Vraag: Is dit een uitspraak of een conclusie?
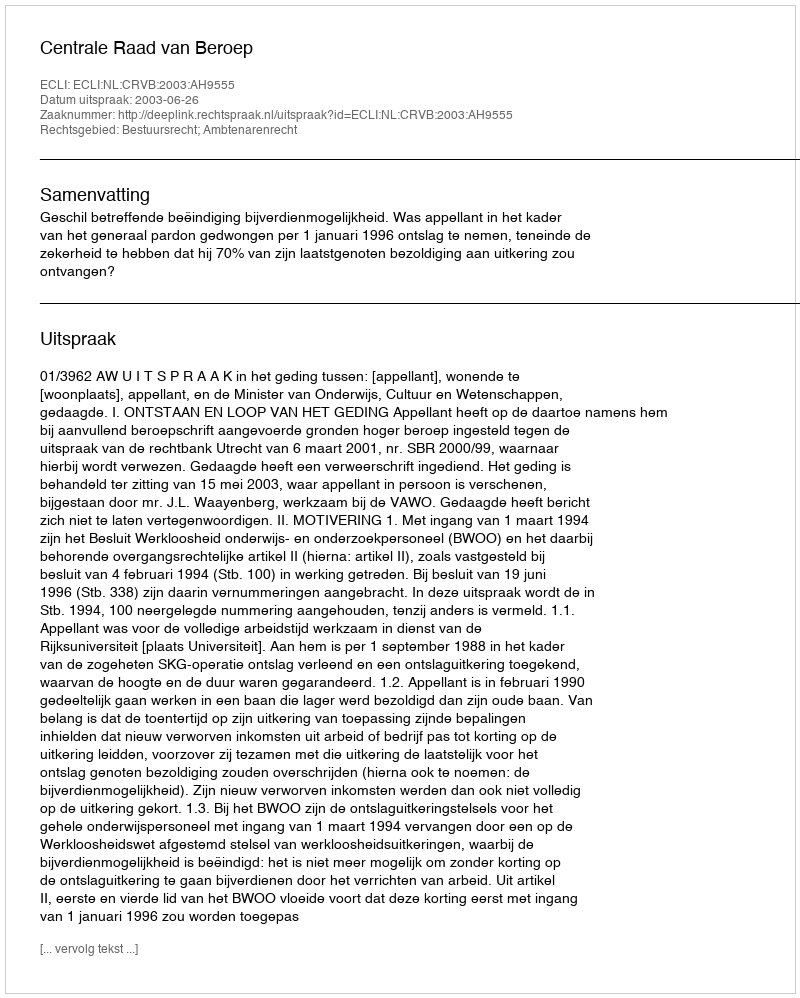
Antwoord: Uitspraak